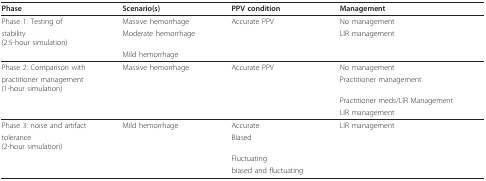
| Phase | Scenario(s) | PPV condition | Management |
 | --- | --- | --- | --- |
 | Phase 1: Testing of | Massive hemorrhage | Accurate PPV | No management |
 | stability(2.5-hour simulation) | Moderate hemorrhage |  | LIR management |
 |  | Mild hemorrhage |  |  |
 | Phase 2: Comparison with | Massive hemorrhage | Accurate PPV | No management |
 | practitioner management(1-hour simulation) |  |  | Practitioner management |
 |  |  |  | Practitioner meds/LIR Management |
 |  |  |  | LIR management |
 | Phase 3: noise and artifact | Mild hemorrhage | Accurate | LIR management |
 | tolerance(2-hour simulation) |  | Biased |  |
 |  |  | Fluctuating |  |
 |  |  | biased and fluctuating |  |